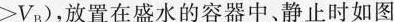
> V _ { B }$$)，放置在盛水的容器中。静止时如图